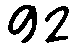
92